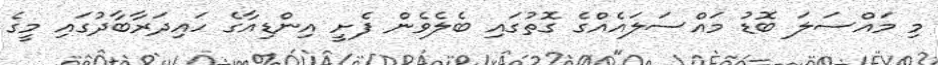
މި މައްސަލަ ބޮޑު މައްސަލައެއްގެ ގޮތުގައި ބެލެވެން ފެށީ އިންޑިއާގެ ހައިދަރާބާދުގައި މީގެ